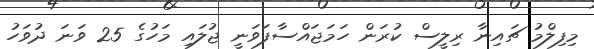
މިފިލްމު ޗައިނާ ރިލީސް ކުރަން ހަމަޖައްސާފަވަނީ ޖުލައި މަހުގެ 25 ވަނަ ދުވަހު